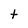
Character: t